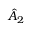
\hat { A } _ { 2 }